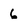
Character: 6